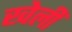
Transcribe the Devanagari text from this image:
खेलीं